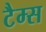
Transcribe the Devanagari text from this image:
टैम्स